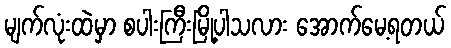
မျက်လုံးထဲမှာ စပါးကြီးမြို့ပါသလား အောက်မေ့ရတယ်